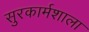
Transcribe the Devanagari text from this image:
सुरकार्मशाला